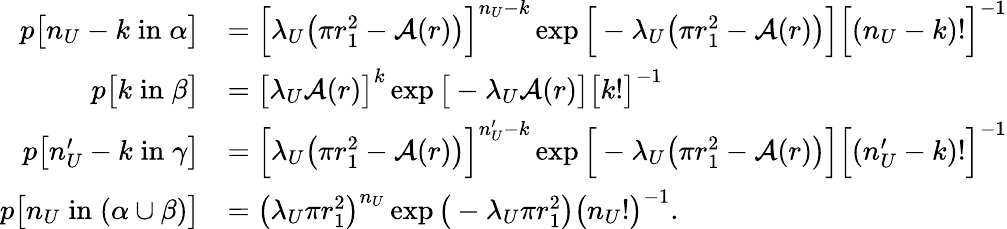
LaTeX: \begin{array}{rl}{p\big[n_{U}-k\; \mathrm{in}\; \alpha\big]}&{=\Big[\lambda_{U}\big(\pi r_{1}^{2}-\mathcal{A}(r)\big)\Big]^{n_{U}-k}\exp\Big[-\lambda_{U}\big(\pi r_{1}^{2}-\mathcal{A}(r)\big)\Big]\Big[(n_{U}-k)!\Big]^{-1}}\\ {p\big[k\; \mathrm{in}\; \beta\big]}&{=\big[\lambda_{U}\mathcal{A}(r)\big]^{k}\exp\big[-\lambda_{U}\mathcal{A}(r)\big]\big[k!\big]^{-1}}\\ {p\big[n_{U}^{\prime}-k\; \mathrm{in}\; \gamma\big]}&{=\Big[\lambda_{U}\big(\pi r_{1}^{2}-\mathcal{A}(r)\big)\Big]^{n_{U}^{\prime}-k}\exp\Big[-\lambda_{U}\big(\pi r_{1}^{2}-\mathcal{A}(r)\big)\Big]\Big[(n_{U}^{\prime}-k)!\Big]^{-1}}\\ {p\big[n_{U}\; \mathrm{in}\; (\alpha\cup\beta)\big]}&{=\big(\lambda_{U}\pi r_{1}^{2}\big)^{n_{U}}\exp\big(-\lambda_{U}\pi r_{1}^{2}\big)\big(n_{U}!\big)^{-1}.}\end{array}